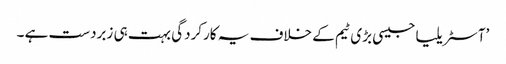
’آسٹریلیا جیسی بڑی ٹیم کے خلاف یہ کارکردگی بہت ہی زبردست ہے ۔